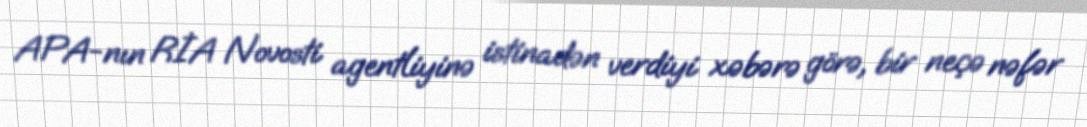
APA-nın RİA Novosti agentliyinə istinadən verdiyi xəbərə görə, bir neçə nəfər